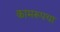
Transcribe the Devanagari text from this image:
कामरूपचा